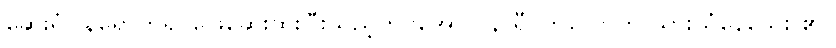
ဆေးရုံပြန်ရောက်၍ ဖြေဆေးထိုးပြီးသည့်တိုင်အောင် နာရီဝက်လောက် ယားယံနေသေး ၏။